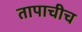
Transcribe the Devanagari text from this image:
तापाचीच